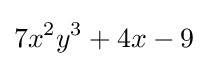
7x^{2}y^{3}+4x-9